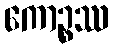
ကောဉ္စဿ